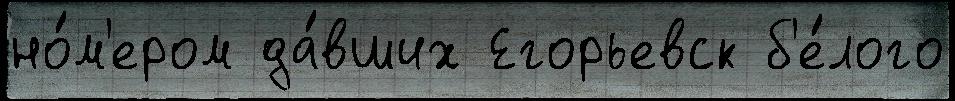
но́м'ером да́вших Егорьевск б'е́лого